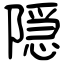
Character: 隠